Bulletin of the Pasteur Institute of Southern India, Coonoor - No. 3.
Year: 1910
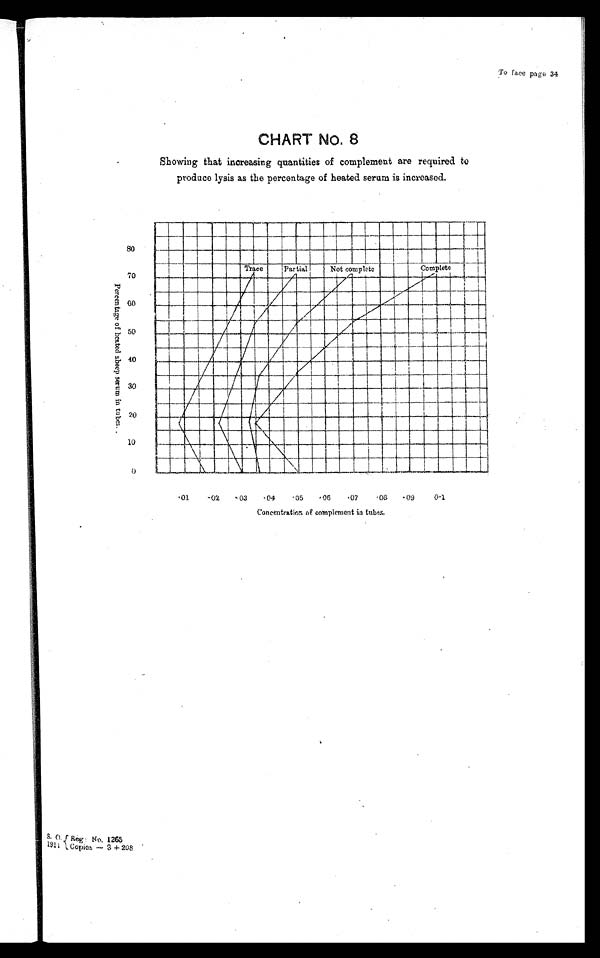
To face page 34
CHART No. 8
Showing that increasing quantities of complement are required to
produce lysis as the percentage of heated serum is increased.
S. 0.
1911 Reg: No. 1265
Copies —
3 +208